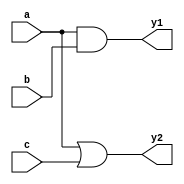
module combinational_logic (
    input wire a,            // Input signal a
    input wire b,            // Input signal b
    input wire c,            // Input signal c
    output reg y1,           // Output signal y1
    output reg y2            // Output signal y2
);

always @(*) begin
    // Default values for output
    y1 = 1'b0;    // Initialize y1 to 0
    y2 = 1'b0;    // Initialize y2 to 0

    // Combinational logic
    y1 = a & b;   // y1 is the AND of a and b
    y2 = a | c;   // y2 is the OR of a and c
end

endmodule